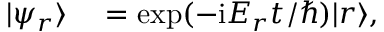
\begin{array} { r l } { | \psi _ { r } \rangle } & { { } = \exp ( - \mathrm { i } E _ { r } t / \hbar ) | r \rangle , } \end{array}